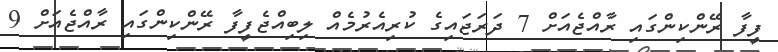
ފީފާ ރޭންކިންގައި ރާއްޖެއަށް 7 ދަރަޖައިގެ ކުރިއެރުމެއް ލިބިއްޖެފީފާ ރޭންކިންގައި ރާއްޖެއަށް 9